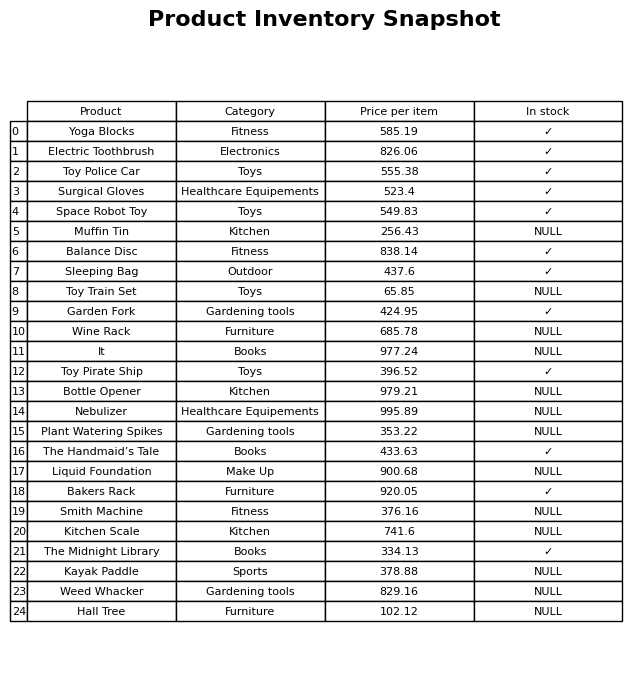
question: Which products are available in stock?
answer: Yoga Blocks, Electric Toothbrush, Toy Police Car, Surgical Gloves, Space Robot Toy, Balance Disc, Sleeping Bag, Garden Fork, Toy Pirate Ship, The Handmaid’s Tale, Bakers Rack, The Midnight Library